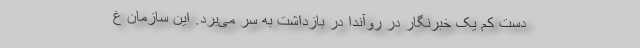
دست کم یک خبرنگار در روآندا در بازداشت به سر می‌برد. این سازمان غ